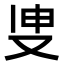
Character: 𭆪